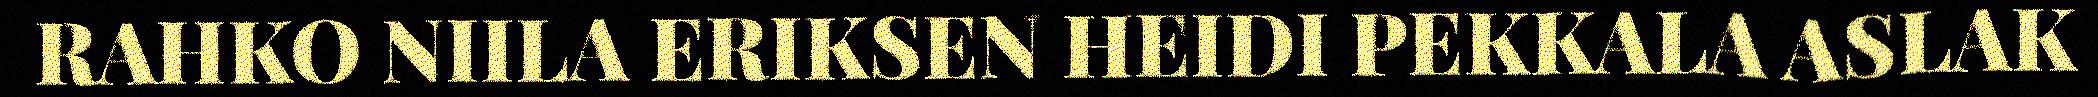
RAHKO NIILA ERIKSEN HEIDI PEKKALA ASLAK